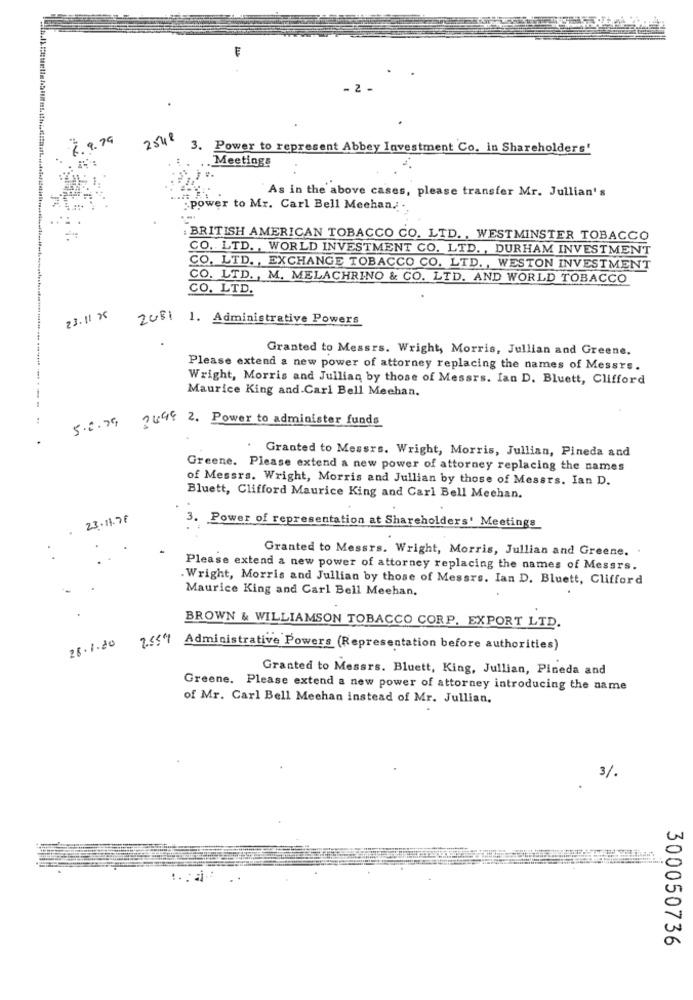
₹. 9. 79
2548
3. Power to represent Abbey Investment Co. in Shareholders'
.Meetings
As in the above cases, please transfer Mr. Jullian's
power to Mr. Carl Bell Mechan .; .
BRITISH AMERICAN TOBACCO CO. LTD. , WESTMINSTER TOBACCO
CO. LTD ., WORLD INVESTMENT CO. LTD ., DURHAM INVESTMENT
CO. LTD ., EXCHANGE TOBACCO CO. LTD ., WESTON INVESTMENT
CO. LTD ., M. MELACHRINO & CO. LTD. AND WORLD TOBACCO
CO. LTD.
23.11 x
Z081 1. Administrative Powers
Granted to Messrs. Wright, Morris, Jullian and Greene.
Please extend a new power of attorney replacing the names of Messrs.
Wright, Morris and Jullian by those of Messrs. Ian D. Bluett, Clifford
Maurice King and.Carl Bell Mechan.
5.2.79 3446 2. Power to administer funds
Granted to Messrs. Wright, Morris, Jullian, Pineda and
Greene. Please extend a new power of attorney replacing the names
of Messrs. Wright, Morris and Jullian by those of Messrs. Ian D.
Bluett, Clifford Maurice King and Carl Bell Mechan.
23.11.78
3. Power of representation at Shareholders' Meetings
Granted to Messrs. Wright, Morris, Jullian and Greene.
Please extend a new power of attorney replacing the names of Messrs.
. Wright, Morris and Jullian by those of Messrs. Ian D. Bluett, Clifford
Maurice King and Carl Bell Meehan.
BROWN & WILLIAMSON TOBACCO CORP. EXPORT LTD.
28.1.20
2."5" Administrative Powers (Representation before authorities)
Granted to Messrs. Bluett, King, Jullian, Pineda and
Greene. Please extend a new power of attorney introducing the name
of Mr. Carl Bell Mechan instead of Mr. Jullian.
3/.
300050736